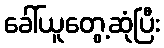
ခေါ်ယူတွေ့ဆုံပြီး